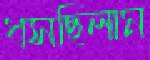
ধসছিলাম